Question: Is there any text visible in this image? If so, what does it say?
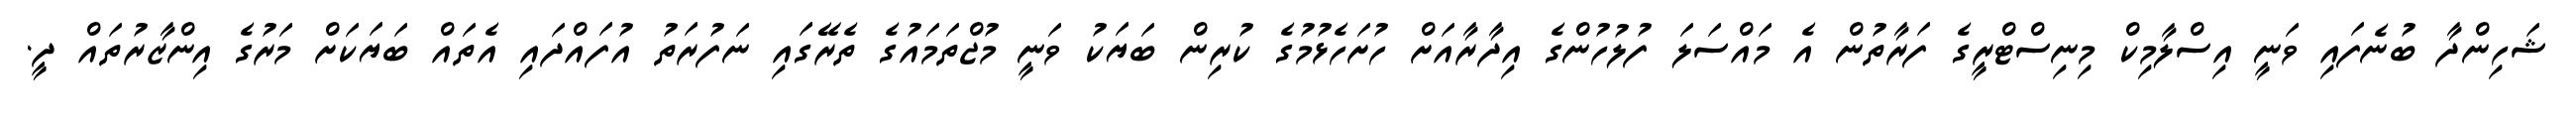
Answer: ޝަހިންދާ ބުނެފައި ވަނީ އިސްލާމިކް މިނިސްޓްރީގެ ފަރާތުން އެ މައްސަލަ ފުލުހުންގެ އިދާރާއަށް ހުށަހެޅުމުގެ ކުރިން ބަޔަކު ވަނީ މުޖްތަމައުގެ ތެރޭގައި ނަފުރަތު އުފައްދައި އެތައް ބަޔަކަށް މަރުގެ އިންޒާރުތައް ދީ.